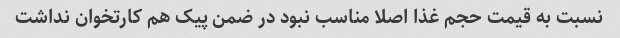
نسبت به قیمت حجم غذا اصلا مناسب نبود در ضمن پیک هم کارتخوان نداشت